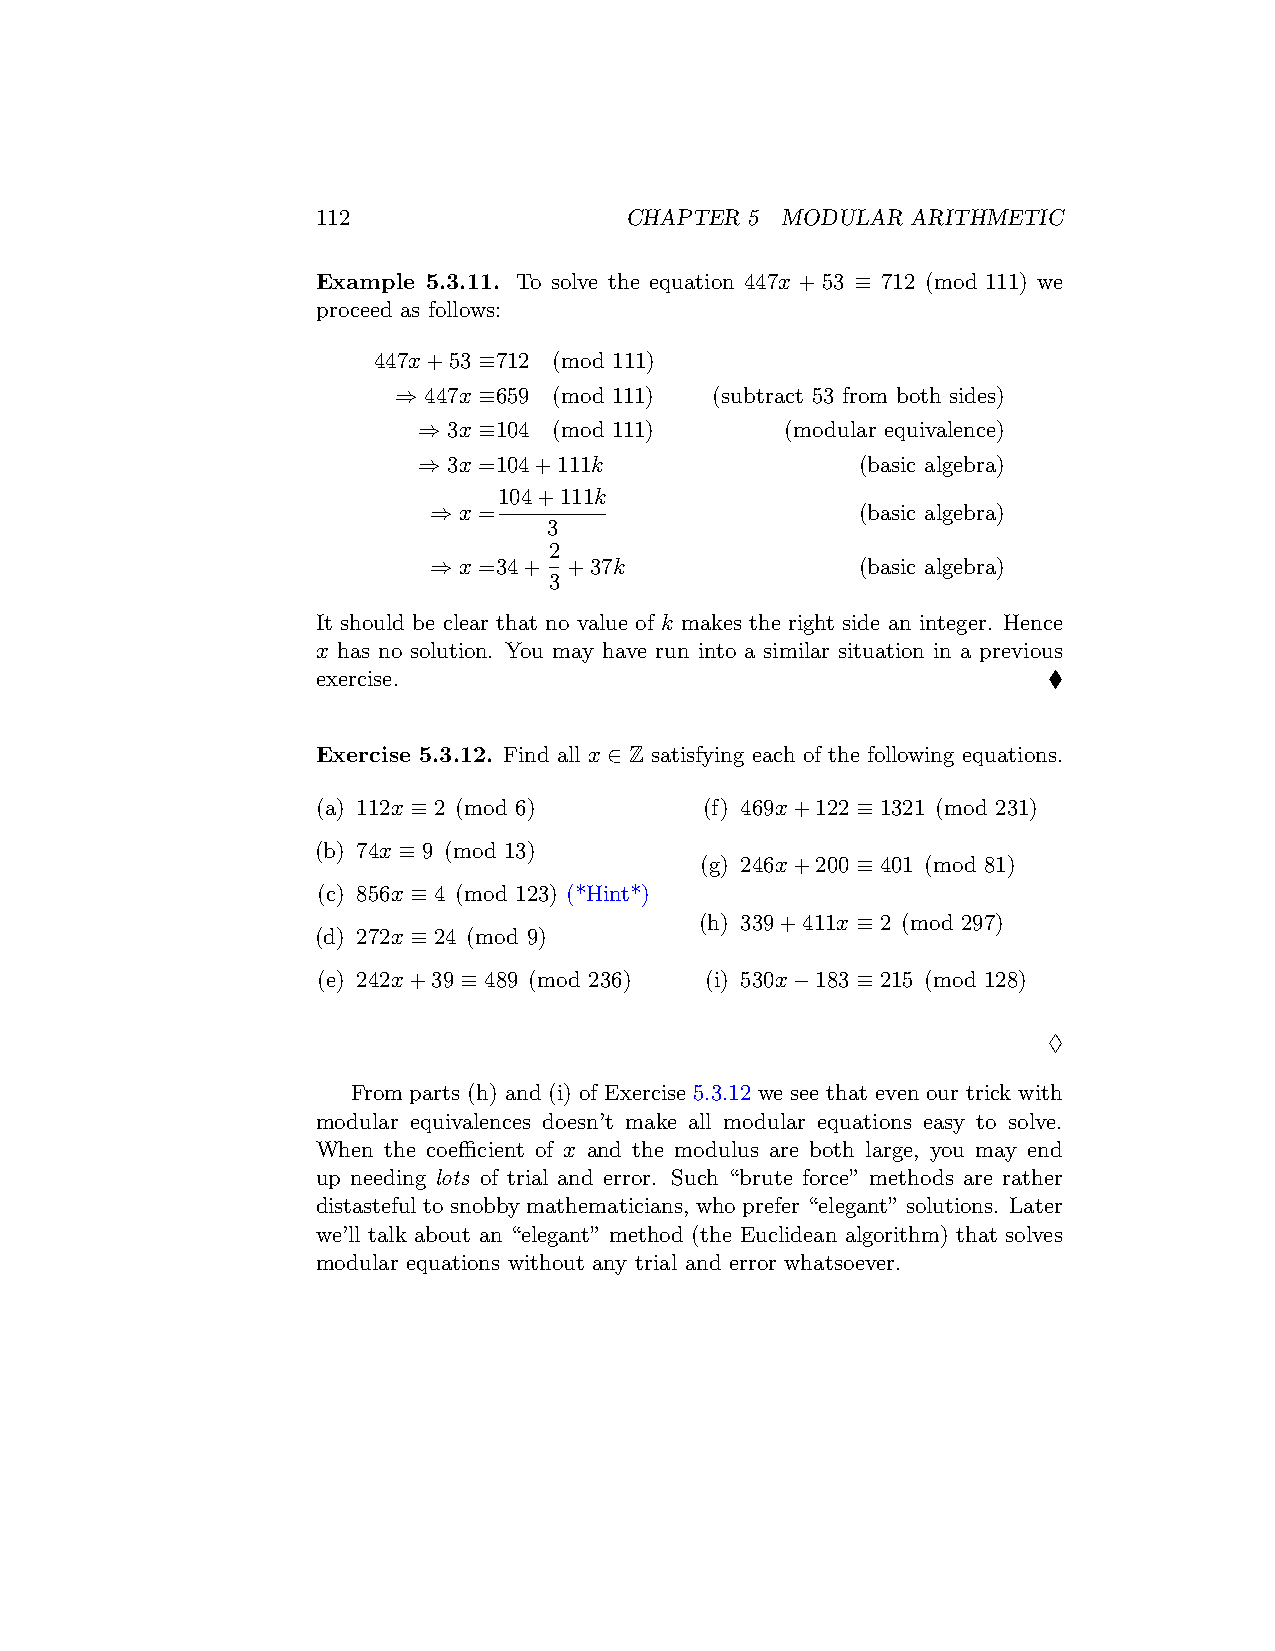
112                 CHAPTER  5 MODULAR ARITHMETIC
 Example 5.3.11. To solve the equation 447x + 53 ≡ 712 (mod 111) we
 proceed as follows:
 447x+53 ≡712 (mod 111)
 ⇒ 447x ≡659 (mod 111) (subtract 53 from both sides)
 ⇒ 3x ≡104 (mod 111)     (modular equivalence)
 ⇒ 3x =104+111k               (basic algebra)
 104+111k
 ⇒ x =                        (basic algebra)
 3
 2
 ⇒ x =34+  +37k               (basic algebra)
 3
 It should be clear that no value of k makes the right side an integer. Hence
 x has no solution. You may have run into a similar situation in a previous
 exercise.                                       ♦
 Exercise 5.3.12. Find all x ∈ Z satisfying each of the following equations.
 (a) 112x ≡ 2 (mod 6)      (f) 469x+122 ≡ 1321 (mod 231)
 (b) 74x ≡ 9 (mod 13)
 (g) 246x+200 ≡ 401 (mod 81)
 (c) 856x ≡ 4 (mod 123) (*Hint*)
 (h) 339+411x ≡ 2 (mod 297)
 (d) 272x ≡ 24 (mod 9)
 (e) 242x+39 ≡ 489 (mod 236) (i) 530x−183 ≡ 215 (mod 128)
 ♢
 From parts (h) and (i) of Exercise 5.3.12 we see that even our trick with
 modular equivalences doesn’t make all modular equations easy to solve.
 When the coefficient of x and the modulus are both large, you may end
 up needing lots of trial and error. Such “brute force” methods are rather
 distasteful to snobby mathematicians, who prefer “elegant” solutions. Later
 we’ll talk about an “elegant” method (the Euclidean algorithm) that solves
 modular equations without any trial and error whatsoever.